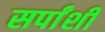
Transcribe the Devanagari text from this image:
सर्पांशी